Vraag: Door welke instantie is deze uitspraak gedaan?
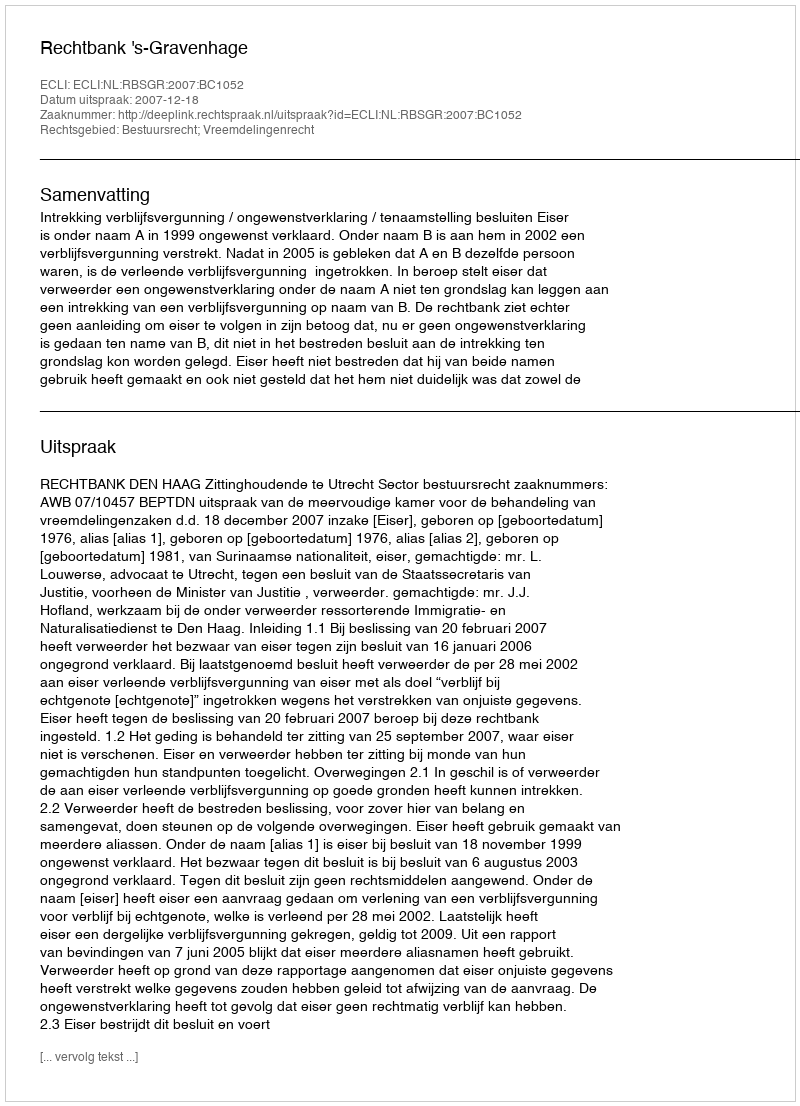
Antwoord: Rechtbank 's-Gravenhage